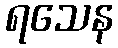
ရသေန